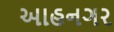
આહનગર